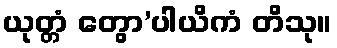
ယုတ္တံ တွော’ပါယိကံ တိသု။